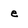
Character: e